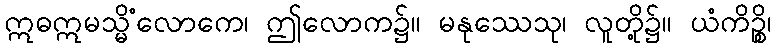
ဣဓဣမသ္မိံလောကေ၊ ဤလောက၌။ မနုဿေသု၊ လူတို့၌။ ယံကိဉ္စိ၊